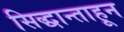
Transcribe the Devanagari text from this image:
सिद्धान्ताहून